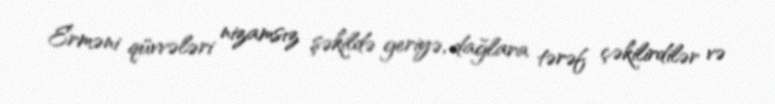
Erməni qüvvələri nizamsız şəkildə geriyə, dağlara tərəf çəkilirdilər və